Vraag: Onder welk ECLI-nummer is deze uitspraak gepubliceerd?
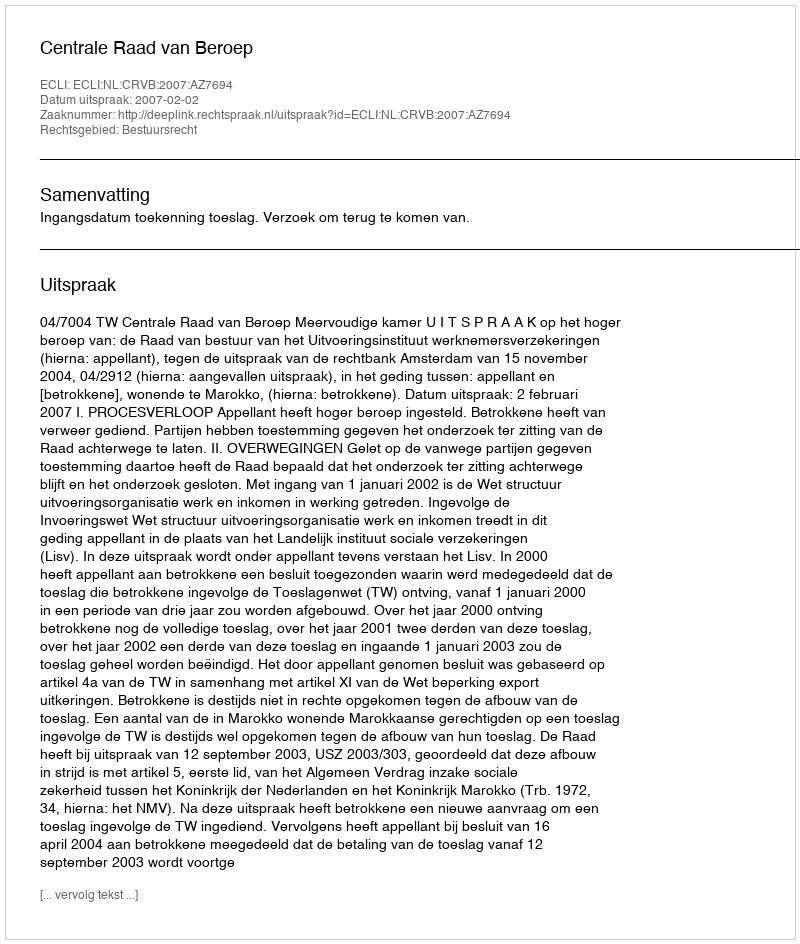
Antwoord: ECLI:NL:CRVB:2007:AZ7694